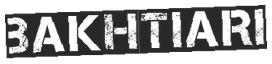
BAKHTIARI